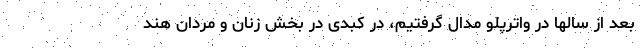
بعد از سالها در واترپلو مدال گرفتیم، در کبدی در بخش زنان و مردان هند